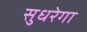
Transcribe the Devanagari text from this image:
सुधरेगा